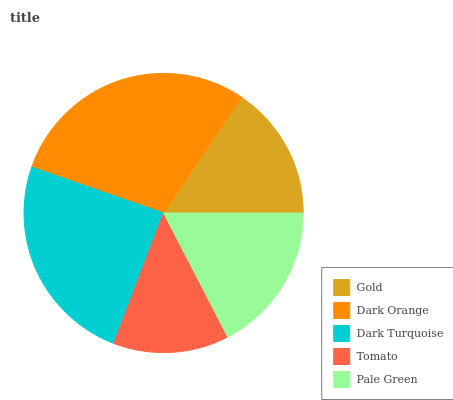
| Gold | Dark Orange | Dark Turquoise | Tomato | Pale Green |
 | --- | --- | --- | --- | --- |
 | 15.6% | 29.1% | 24.5% | 13.4% | 17.4% |